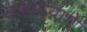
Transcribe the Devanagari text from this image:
साहाय्याचे